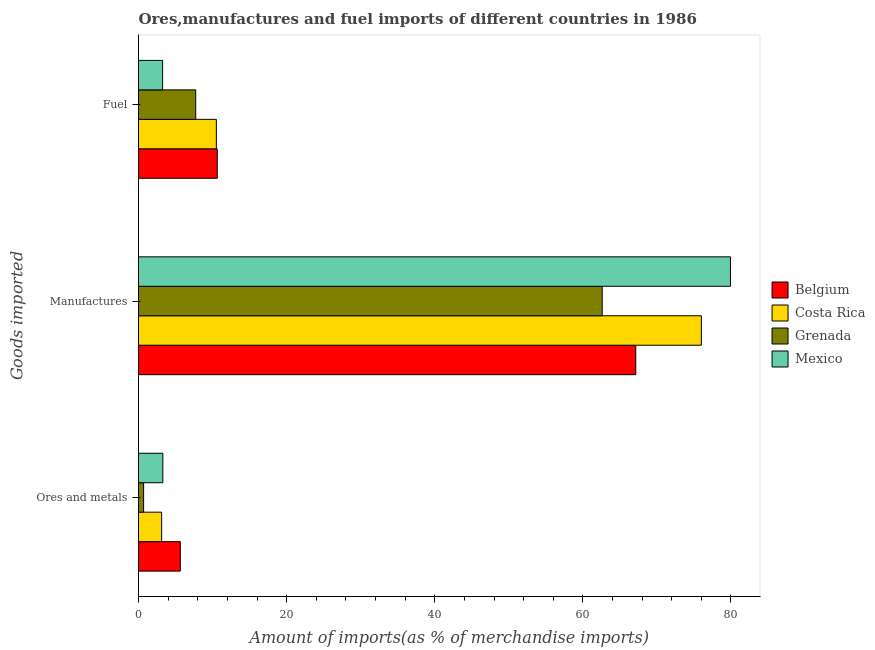
| Goods imported | Belgium | Costa Rica | Grenada | Mexico |
 | --- | --- | --- | --- | --- |
 | Ores and metals | 5.64 | 3.12 | 0.689 | 3.28 |
 | Manufactures | 67.1 | 76 | 62.6 | 79.9 |
 | Fuel | 10.6 | 10.5 | 7.72 | 3.26 |